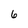
Character: 6